Bréfritari: Ásgeir Tryggvi Friðgeirsson
Viðtakandi: Einar Friðgeirsson
Dagsetning: A-1888-07-13
Skrifað á: Húsavík  S-Þing.
Ásgeir er bróðir Einars

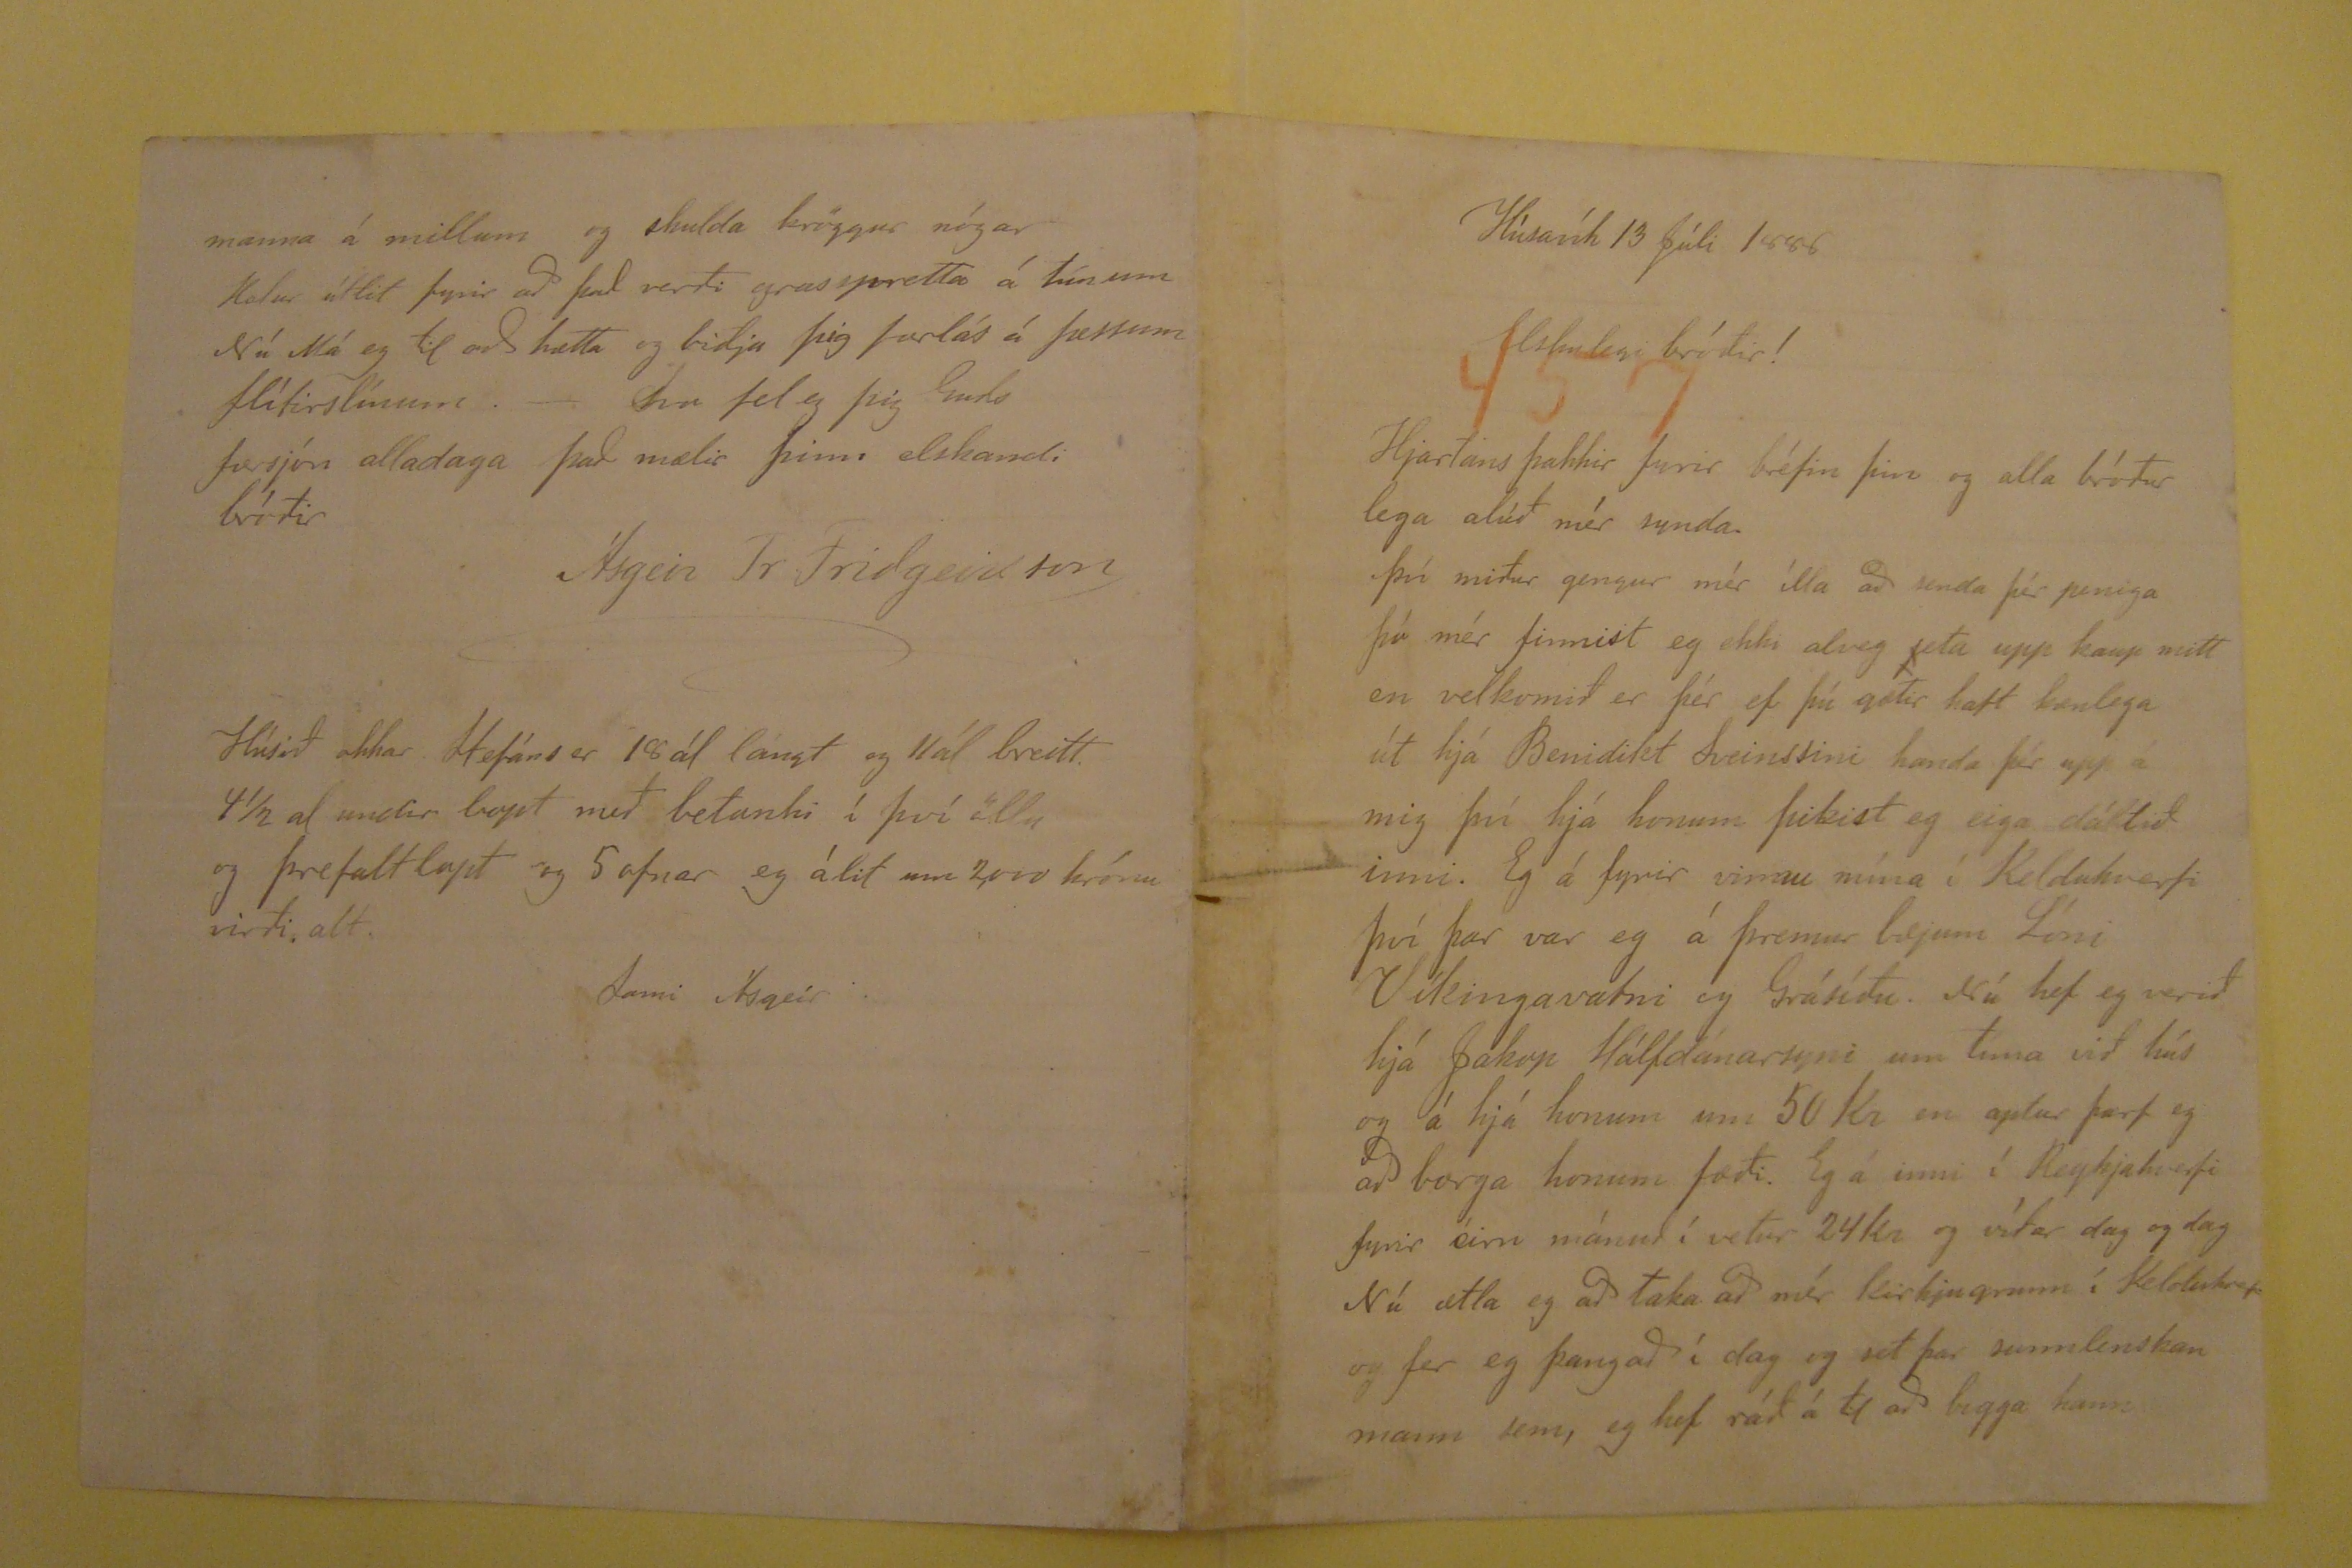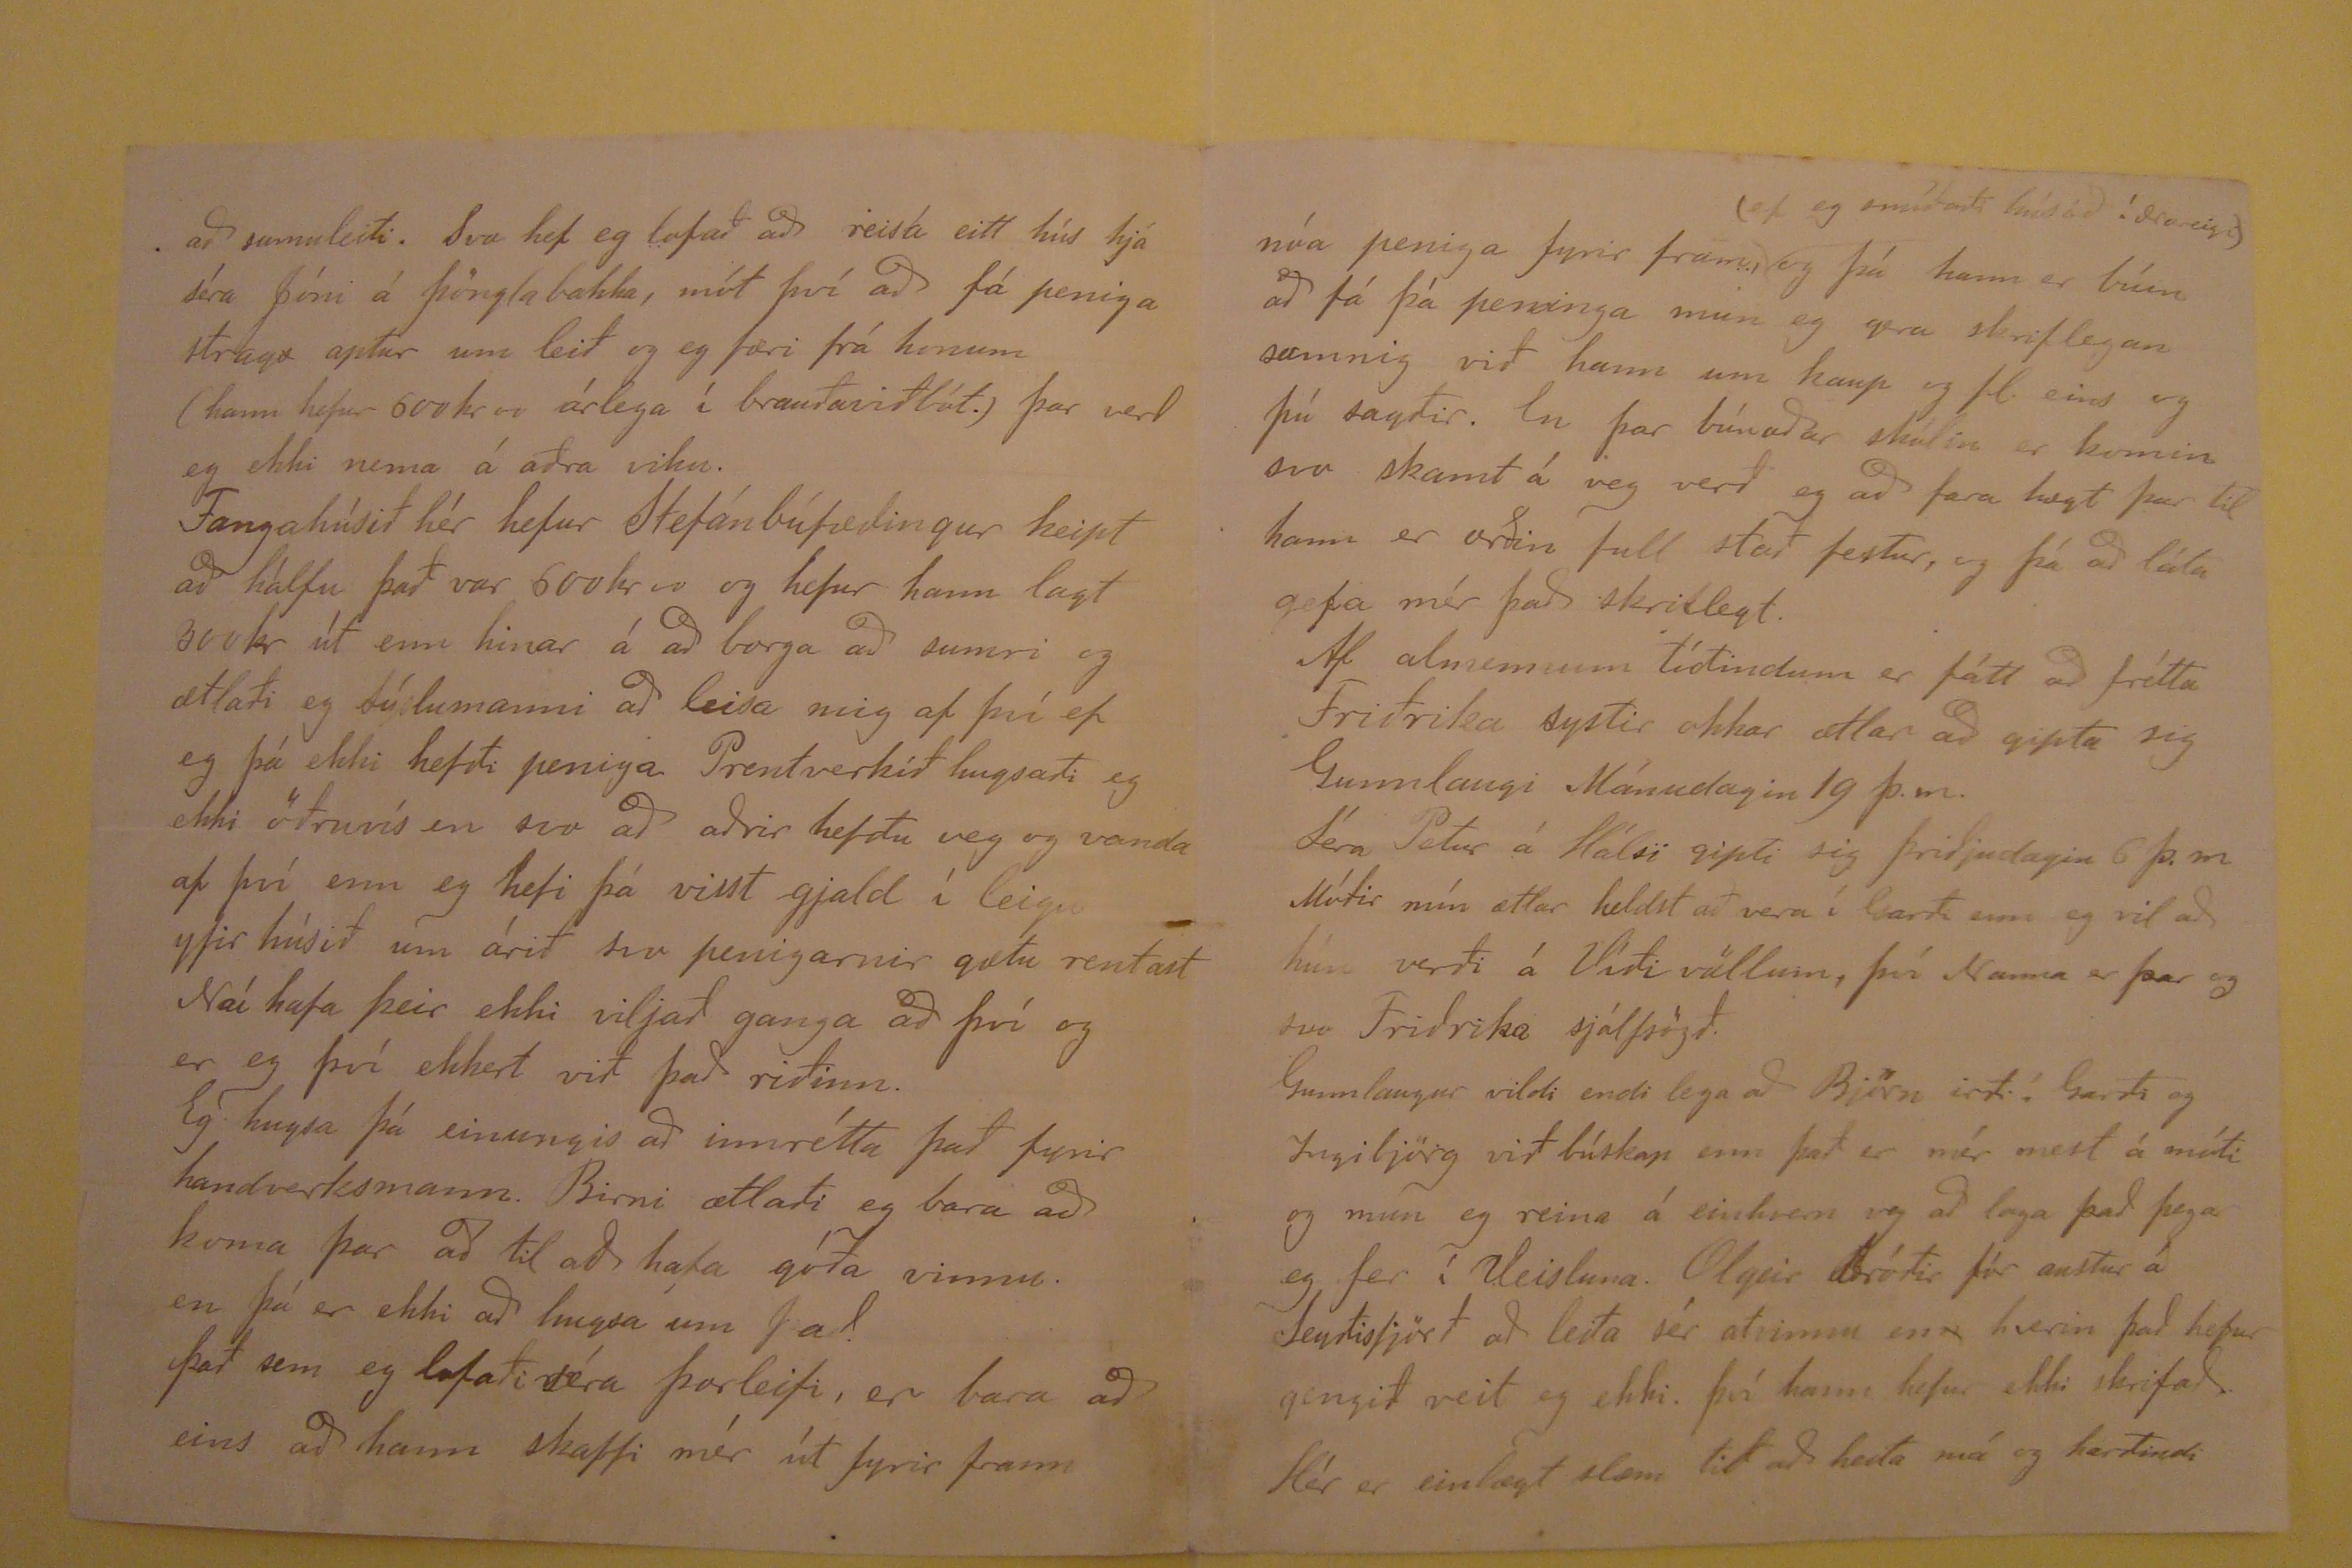

Húsavík 13 Júli 1888
Elskulegi bróðir!
Hjartans þakkir fyrir bréfin þin og alla bróður lega alúð mér synda. Því miður gengur mér ílla að senda þér peniga þó mér finnist eg ekki alveg
jeta
upp kaup mitt en velkomið er þér ef þú gætir haft bænlega út hjá Benidikt Sveinssini handa þér upp á mig því hjá honum þikist eg eiga dáltið inni. Eg
á fyrir vinnu mína í Kelduhverfi því þar var eg á þremur bæjum Lóni Víkingavatni og Grásíðu. Nú hef eg verið hjá Jakop Hálfdánarsyni um tíma við hús og á hjá honum
um 50 Kr en aptur þarf eg að borga honum fæði. Eg á inni í Reykjahverfi fyrir éirn mánuð í vetur 24 Kr og víðar dag og dag Nú ætla eg að taka að mér Kirjugrunn í
Kelduhverfi og fer eg þangað í dag og set þar sunnlenskan mann sem, eg hef ráð á til að bigga hann
að sumuleiti. Svo hef eg lofað að reisa eitt hús hjá séra Jóni á Þönglabakka, mót því að fá peniga strags aptur um leið og eg færi frá honum (hann hefur 600 kr
00
árlega í brauðaviðbót.) Þar verð eg ekki nema á aðra viku. Fangahúsið hér hefur Stefánbúfæðingur keipt að hálfu það var 600Kr
00
og hefur hann lagt 300 kr út enn hinar á að borga að sumri og ætlaði eg Sýslumanni að leisa mig af því ef eg þá ekki hefði peninga Prentverkið hugsaði
eg ekki öðruvís en svo að aðrir hefðu veg og vanda af því enn eg hefi þá visst gjald í leigu yfir húsið um árið svo penigarnir gætu rentast Nú hafa þeir ekki viljað
ganga að því og er eg því ekkert við það riðinn. Eg hugsa þá einungis að innrétta það fyrir handverksmann. Birni ætlaði eg bara að koma þar að til að hafa góða vinnu.
en þá er ekki að hugsa um það. Það sem eg lofaði séra Þorleifi, er bara að eins að hann skaffi mér út fyrir fram
nóa peniga fyrir fram,
(ef eg smíðaði húsið í ærareigi)
og þá hann er búin að fá þá peninga mun eg gera
skriflegan samnig við hann um kaup og fl. eins og þú sagðir. En þar búnaðar skólin er komin svo skamt á veg verð eg að fara hægt þar til hann er orðin full stað festur,
og þá að láta gefa mér það skriflegt Af almennum tíðindum er fátt að frétta Friðrika systir okkar ætlar að gipta sig Gunnlaugi ;anudagin 19 þ.m. Séra Petur á Hálsi
gipti sig þriðjudagin 6 þ.m. M´ðitir mín ætlar heldst að vera í Garði enn eg vil að hún verði á Víðivöllum, því Nanna er þar og svo Friðrika sjálfsögð. Gunnlaugur
vildi endi lega að Björn irði í Garði og Ingibjörg við búskap enn það er mér mest á móti og mun eg rein aá einhvern og að laga það þegar eg fer í Veisluna. Olgeir
bróðir fór austur að Seyðisfjörð að leita sér atvinnu en
n
hverin það hefur gengið veit eg ekki. því hann hefur ekki skrifað
Hér er einlægt slæm tið að heita má eg harðindi
manna á millum og skulda kröggur nógar Halur útlit fyrir að það verði grasspretta á túnum Nú Má eg til að hætta og biðja þig forlás á þessum flítirslínum.-
Svo fel eg þig Guðs forsjón alladaga það mælir þinn elskandi bróðir
Ásgeir Tr Friðgeirsson
Húsið okkar Stefáns er 18 ál lángt og 11 ál breitt 41/2 al undir lopt með betanki í því öllu og þrefalt lopt og 5 ofnar eg álit um 2,000 krónur virði alt.
Sami Ásgeir